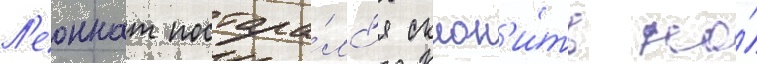
Л'еоннат постара́лс'я склон'и́ть на́